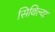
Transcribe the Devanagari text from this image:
सिथिल्या